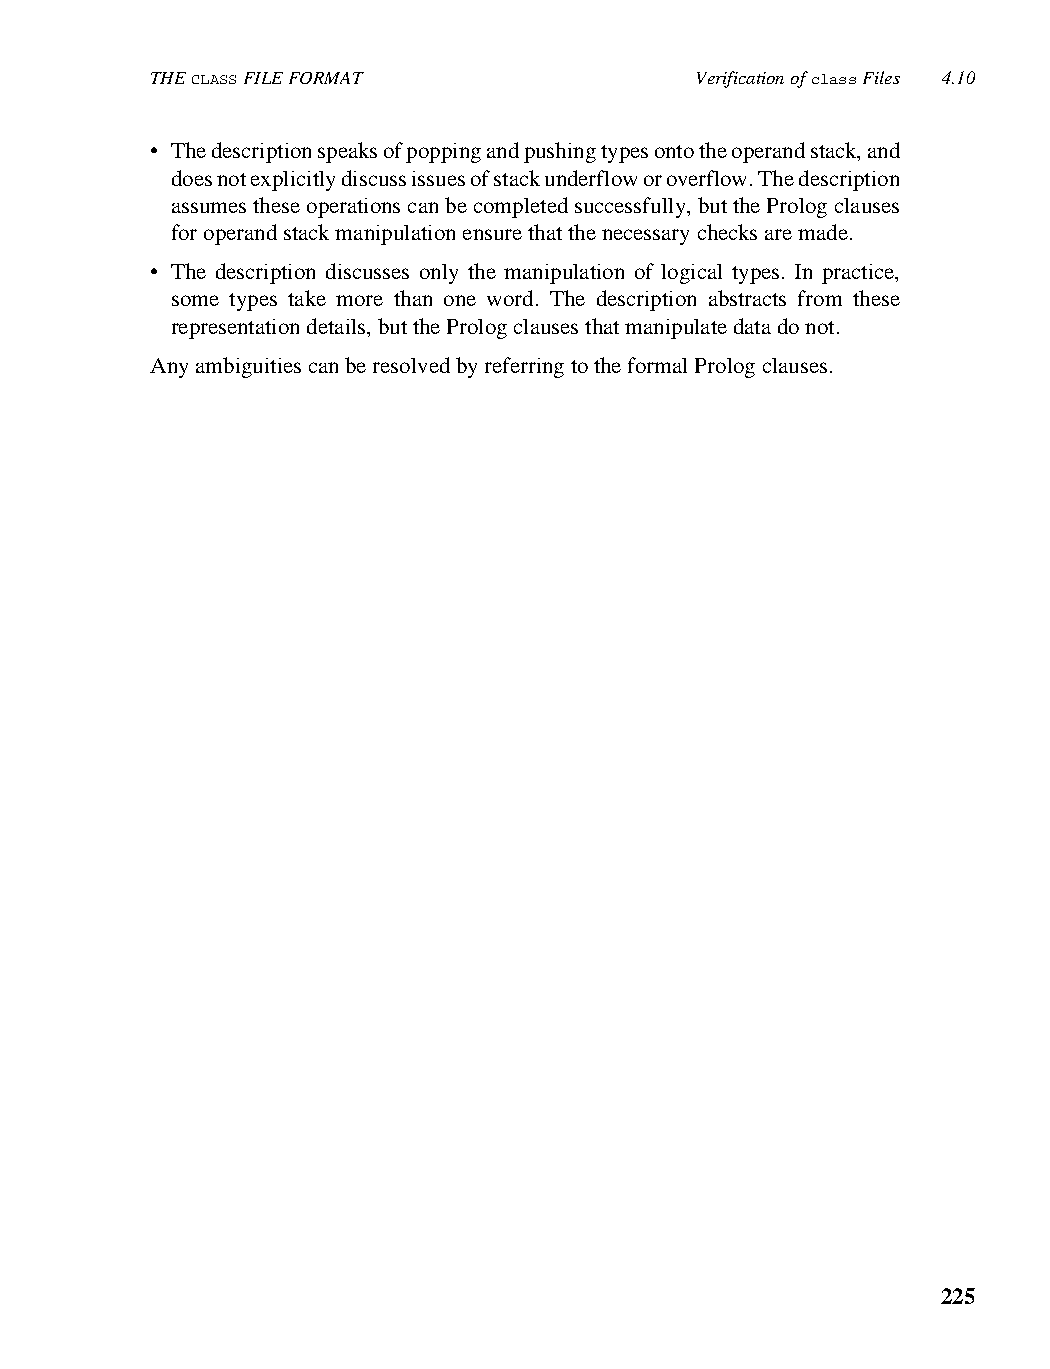
THE CLASS FILE FORMAT               Verification of class Files 4.10
 • The description speaks of popping and pushing types onto the operand stack, and
 does not explicitly discuss issues of stack underflow or overflow. The description
 assumes these operations can be completed successfully, but the Prolog clauses
 for operand stack manipulation ensure that the necessary checks are made.
 • The description discusses only the manipulation of logical types. In practice,
 some types take more than one word. The description abstracts from these
 representation details, but the Prolog clauses that manipulate data do not.
 Any ambiguities can be resolved by referring to the formal Prolog clauses.
 225